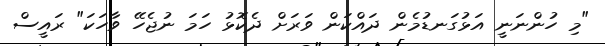
"މި ހުންނަނީ އަޅުގަނޑުމެން ދައްކަން ވަރަށް ދެކޮޅު ހަަމަ ނުޖެހޭ ވާހަކަ" ރައީސް